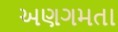
અણગમતા